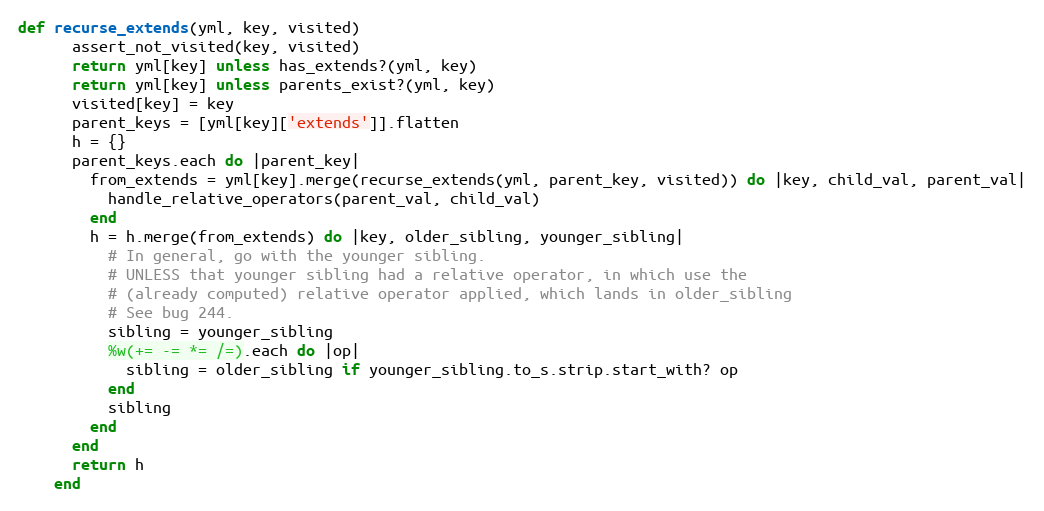
Language: Ruby
def recurse_extends(yml, key, visited)
      assert_not_visited(key, visited)
      return yml[key] unless has_extends?(yml, key)
      return yml[key] unless parents_exist?(yml, key)
      visited[key] = key
      parent_keys = [yml[key]['extends']].flatten
      h = {}
      parent_keys.each do |parent_key|
        from_extends = yml[key].merge(recurse_extends(yml, parent_key, visited)) do |key, child_val, parent_val|
          handle_relative_operators(parent_val, child_val)
        end
        h = h.merge(from_extends) do |key, older_sibling, younger_sibling|
          # In general, go with the younger sibling.
          # UNLESS that younger sibling had a relative operator, in which use the
          # (already computed) relative operator applied, which lands in older_sibling
          # See bug 244.
          sibling = younger_sibling
          %w(+= -= *= /=).each do |op|
            sibling = older_sibling if younger_sibling.to_s.strip.start_with? op
          end
          sibling
        end
      end
      return h
    end